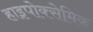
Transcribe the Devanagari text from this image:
हाइपोक्सेमिक